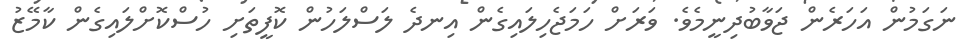
ނަގަމުން އަހަރެން ޖަވާބުދިނީމެވެ. ވަރަށް ހަމަޖެހިލައިގެން އިނދެ ލަސްލަހުން ކޮފީތަށި ހުސްކޮށްލައިގެން ކާމޭޒު